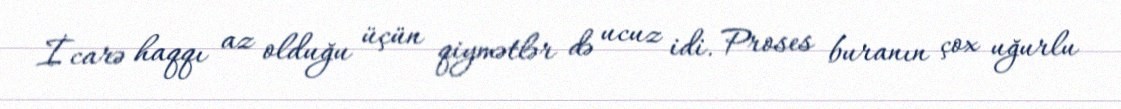
İcarə haqqı az olduğu üçün qiymətlər də ucuz idi. Proses buranın çox uğurlu